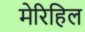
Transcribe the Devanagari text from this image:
मेरिहिल